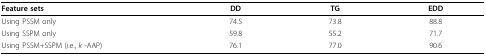
<table><thead><tr><td><b>Feature sets</b></td><td><b>DD</b></td><td><b>TG</b></td><td><b>EDD</b></td></tr></thead><tbody><tr><td>Using PSSM only</td><td>74.5</td><td>73.8</td><td>88.8</td></tr><tr><td>Using SSPM only</td><td>59.8</td><td>55.2</td><td>71.7</td></tr><tr><td>Using PSSM+SSPM (i.e., <i>k </i>-AAP)</td><td>76.1</td><td>77.0</td><td>90.6</td></tr></tbody></table>